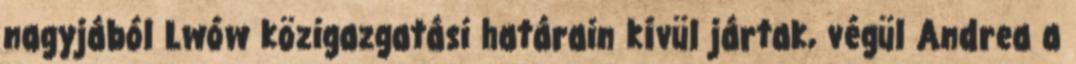
nagyjából Lwów közigazgatási határain kívül jártak, végül Andrea a